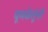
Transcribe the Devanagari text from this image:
धूमकेतूंनी